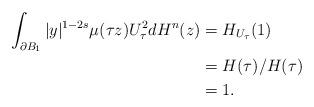
LaTeX: \begin{align*}\int_{\partial B_1}|y|^{1-2s}\mu(\tau z)U^2_\tau dH^n(z)&=H_{U_\tau}(1)\\&=H(\tau)/H(\tau)\\&=1.\end{align*}